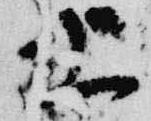
上